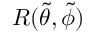
R ( \tilde { \theta } , \tilde { \phi } )